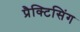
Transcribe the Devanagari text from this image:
प्रैक्टिसिंग